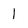
Character: 1